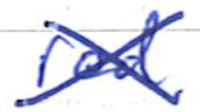
Text: red
Cross-out: cross
Writing tool: ballpoint